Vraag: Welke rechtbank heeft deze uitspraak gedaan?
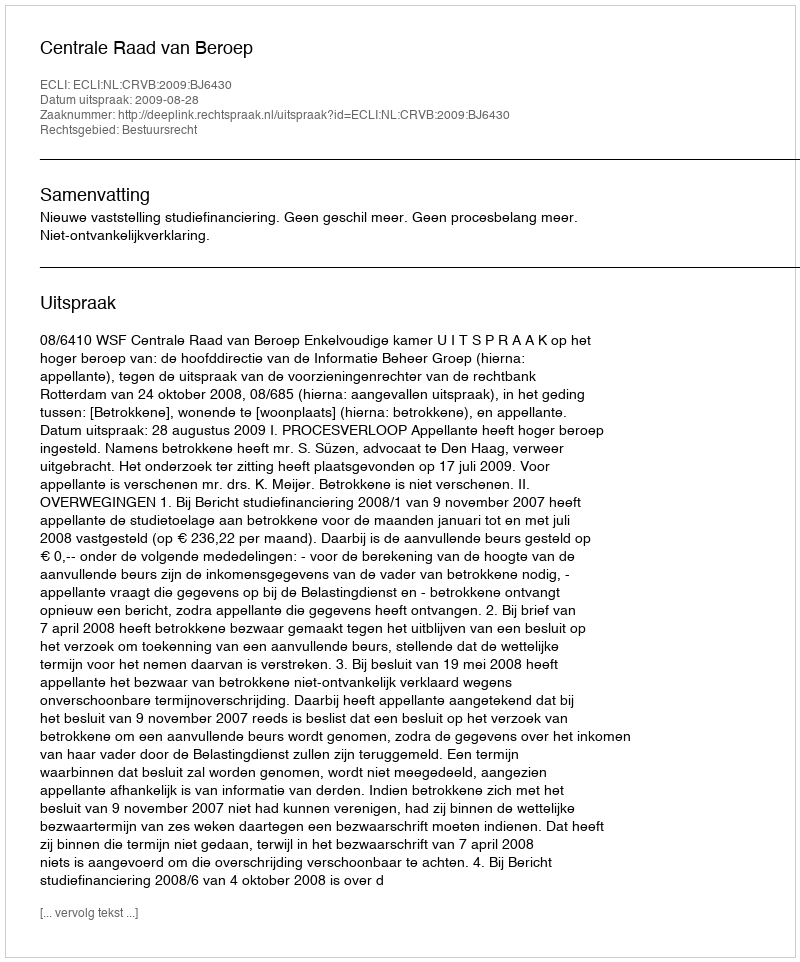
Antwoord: Centrale Raad van Beroep